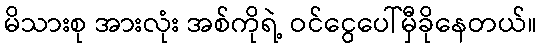
မိသားစု အားလုံး အစ်ကိုရဲ့ ဝင်ငွေပေါ်မှီခိုနေတယ်။